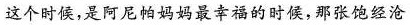
这个时候，是阿尼帕妈妈最幸福的时候，那张饱经沧